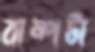
বাষ্পটা